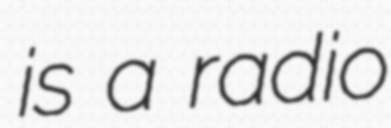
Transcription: is a radio